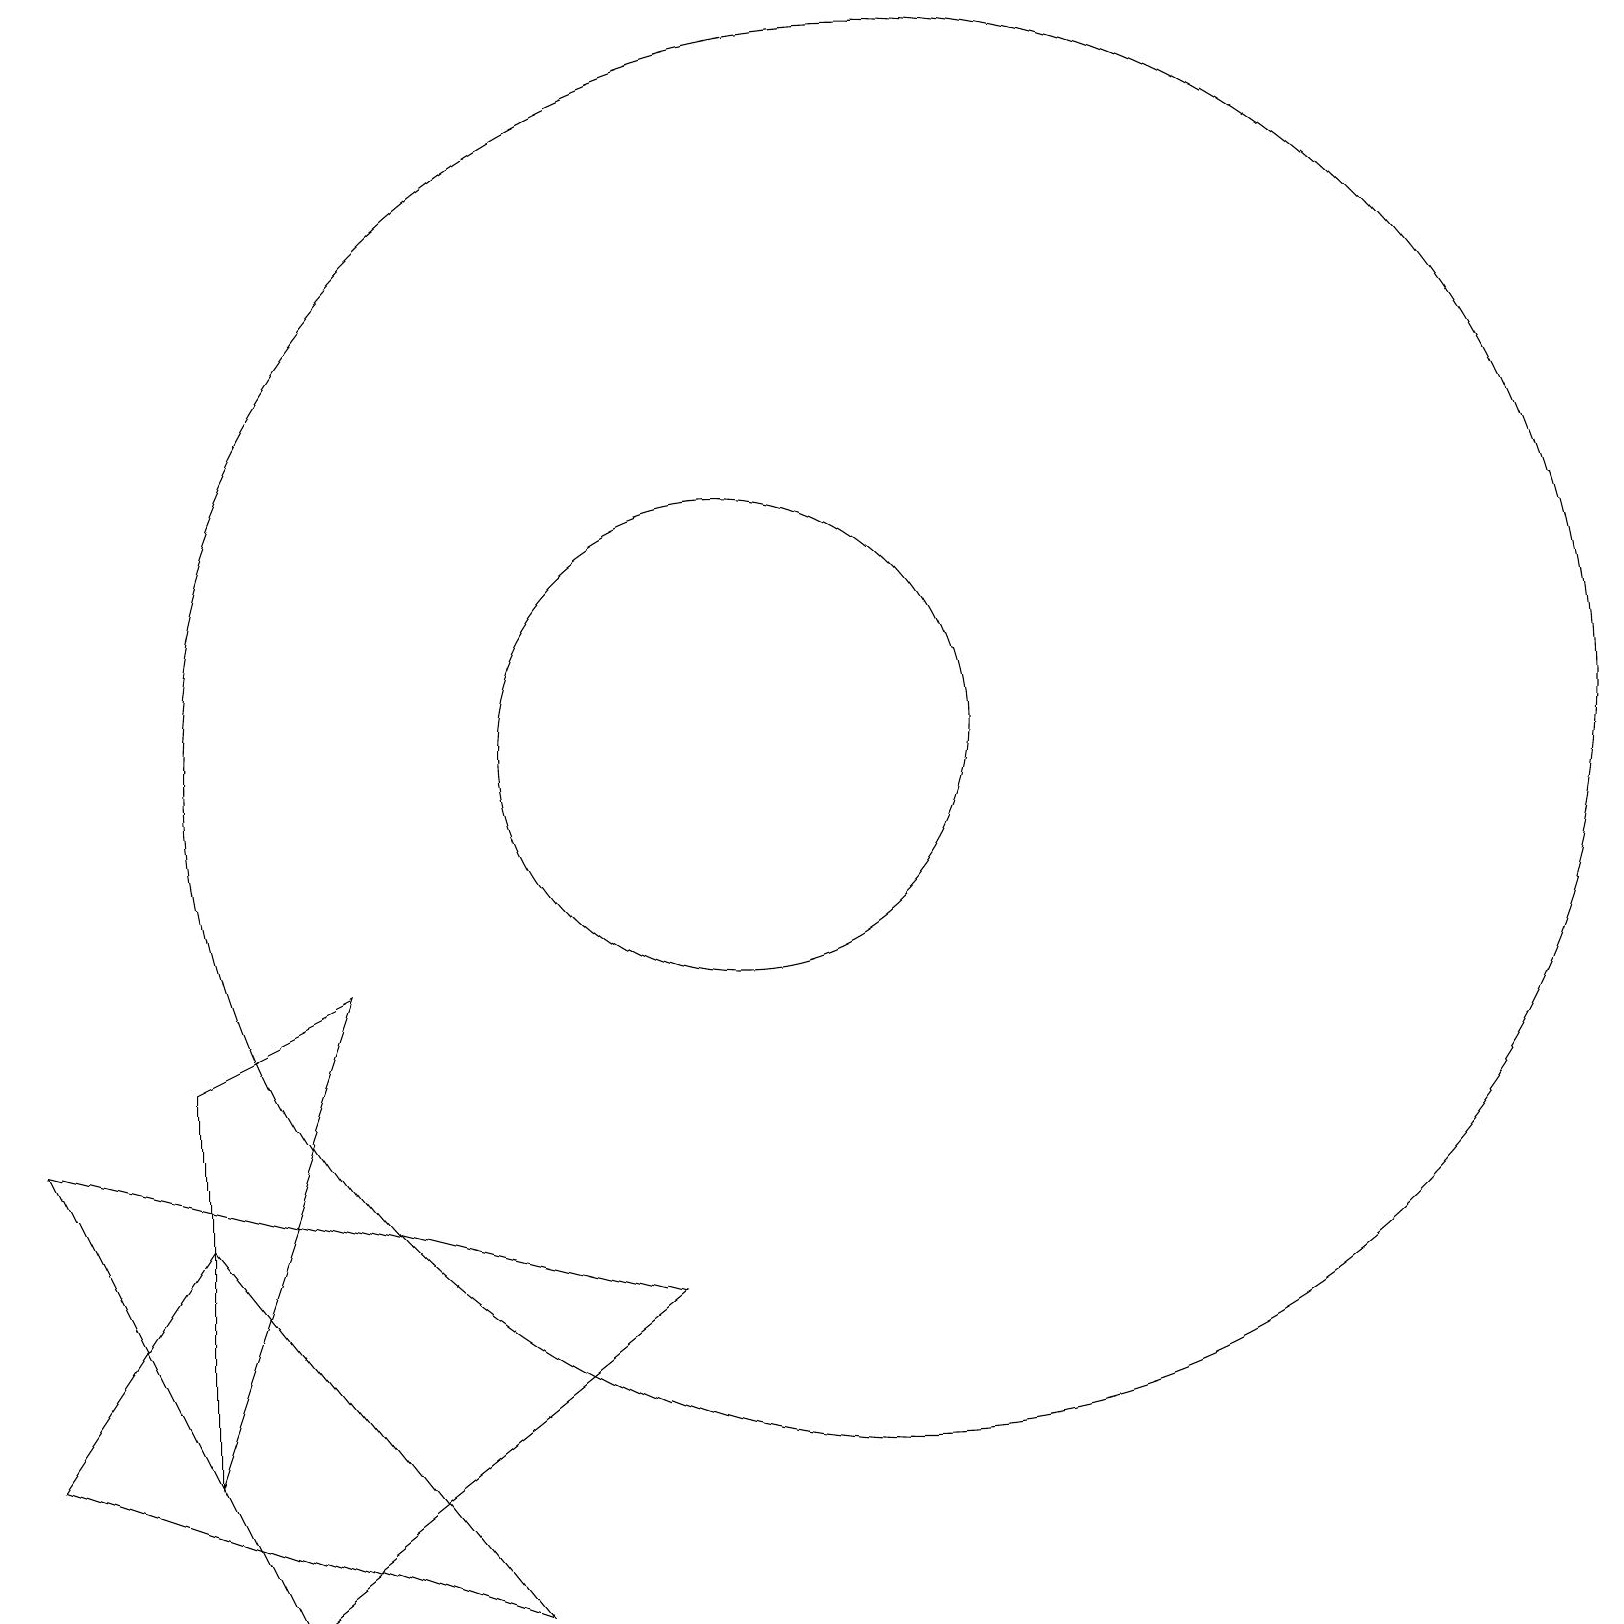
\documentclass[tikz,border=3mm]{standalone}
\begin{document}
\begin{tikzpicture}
\draw (10,11) circle (3);
\draw (1,2) -- (3,5) -- (7,0) -- cycle;
\draw (4,0) -- (9,4) -- (1,6) -- cycle;
\draw (5,8) -- (3,7) -- (3,2) -- cycle;
\draw (12,11) circle (9);
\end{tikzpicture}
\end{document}